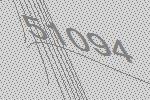
51094